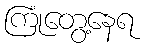
ကြုံတွေ့နေရ